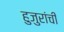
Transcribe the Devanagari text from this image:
हुजुरांची